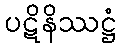
ပဋိနိဿဋ္ဌံ